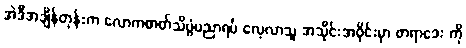
အဲဒီအချိန်တုန်းက လောကဓာတ်သိပ္ပံပညာရပ် လေ့လာသူ အသိုင်းအဝိုင်းမှာ ဖာရာဒေး ကို